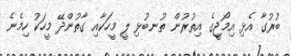
ބުރުގާ އެޅި އިމޯޖީގެ އިތުރުން ތުނބުޅި ލީ މީހަކާއި ގާތުންދޭ މީހަކު ހިމެނެ